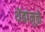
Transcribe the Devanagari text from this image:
थेंबांमुळे